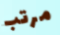
مرتب